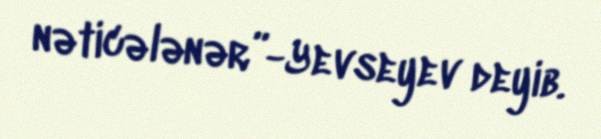
nəticələnər”-Yevseyev deyib.